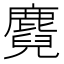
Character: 麑